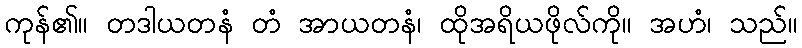
ကုန်၏။ တဒါယတနံ တံ အာယတနံ၊ ထိုအရိယဖိုလ်ကို။ အဟံ၊ သည်။